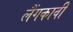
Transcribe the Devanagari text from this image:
लैंगकावी